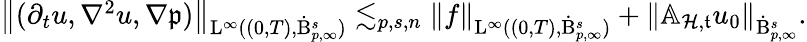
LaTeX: \begin{array}{r}{\left\lVert(\partial_{t}u,\nabla^{2}u,\nabla\mathfrak{p})\right\rVert_{\mathrm{L}^{\infty}((0,T),\dot{\mathrm{B}}_{p,\infty}^{s})}\lesssim_{p,s,n}\left\lVert f\right\rVert_{\mathrm{L}^{\infty}((0,T),\dot{\mathrm{B}}_{p,\infty}^{s})}+\left\lVert\mathbb{A}_{\mathcal{H},\mathfrak{t}}u_{0}\right\rVert_{\dot{\mathrm{B}}_{p,\infty}^{s}}.}\end{array}